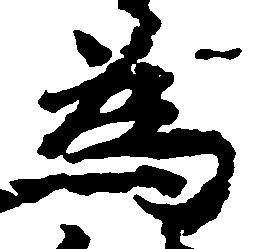
為